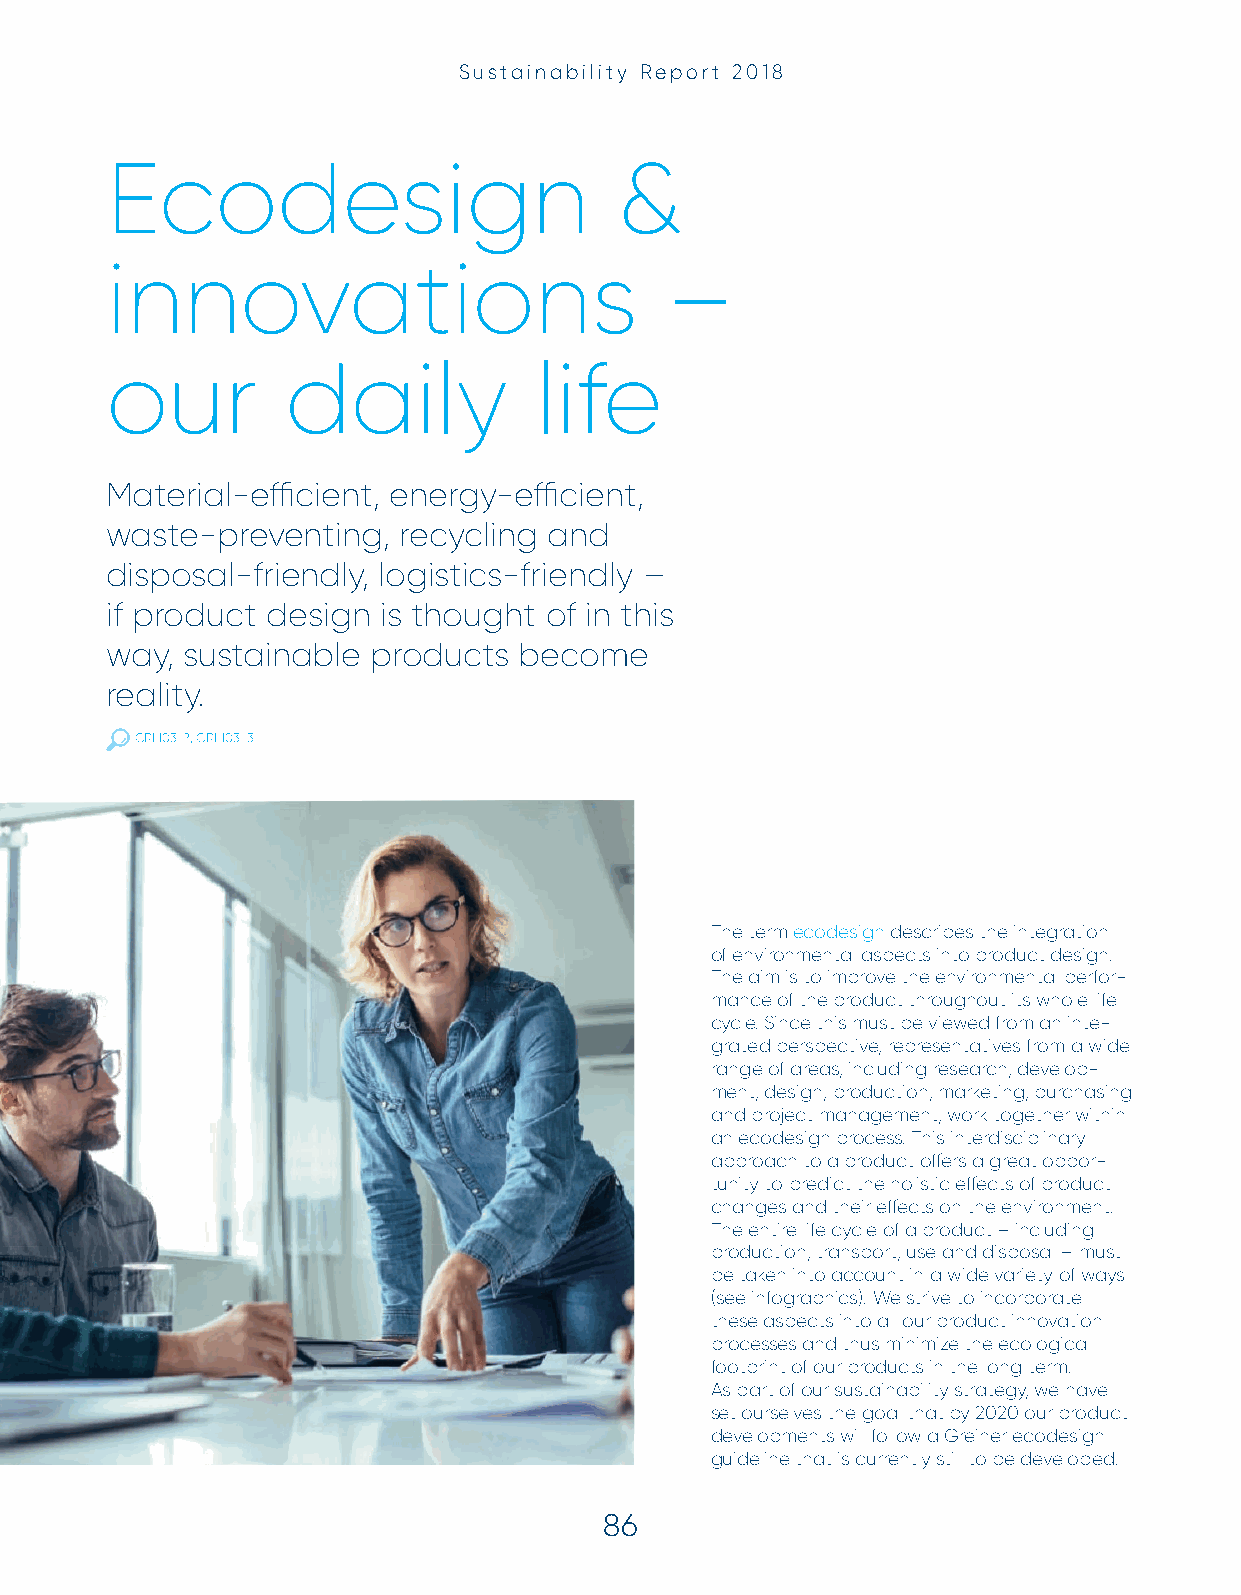
Sustainability Report 2018
 Ecodesign                         &
 innovations                          –
 our         daily           life
 Material-effi cient, energy-effi cient,
 waste-preventing,  recycling and
 disposal-friendly, logistics-friendly –
 if product design is thought of in this
 way, sustainable  products become
 reality.
 GRI 103-2, GRI 103-3
 The term ecodesign describes the integration
 of environmental aspects into product design.
 The aim is to improve the environmental perfor-
 mance of the product throughout its whole life
 cycle. Since this must be viewed from an inte-
 grated perspective, representatives from a wide
 range of areas, including research, develop-
 ment, design, production, marketing, purchasing
 and project management, work together within
 an ecodesign process. This interdisciplinary
 approach to a product off ers a great oppor-
 tunity to predict the holistic eff ects of product
 changes and their eff ects on the environment.
 The entire life cycle of a product – including
 production, transport, use and disposal – must
 be taken into account in a wide variety of ways
 (see infographics). We strive to incorporate
 these aspects into all our product innovation
 processes and thus minimize the ecological
 footprint of our products in the long term.
 As part of our sustainability strategy, we have
 set ourselves the goal that by 2020 our product
 developments will follow a Greiner ecodesign
 guideline that is currently still to be developed.
 86